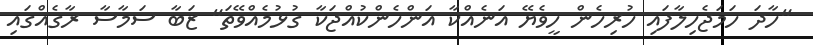
"ހާދަ ހަމަޖެހިލާފައި ހުރިހެން ހީވެޔޭ އަނެއްކާ އަންހެންކުއްޖަކާ ގުޅުމެއްވޭތަ" ޒަބާ ސަމާސާ ރާގެއްގައި